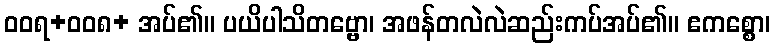
ဝဝရ+ဝဝ၈+ အပ်၏။ ပယိပါသိတဗ္ဗော၊ အဖန်တလဲလဲဆည်းကပ်အပ်၏။ ဧကစ္စော၊